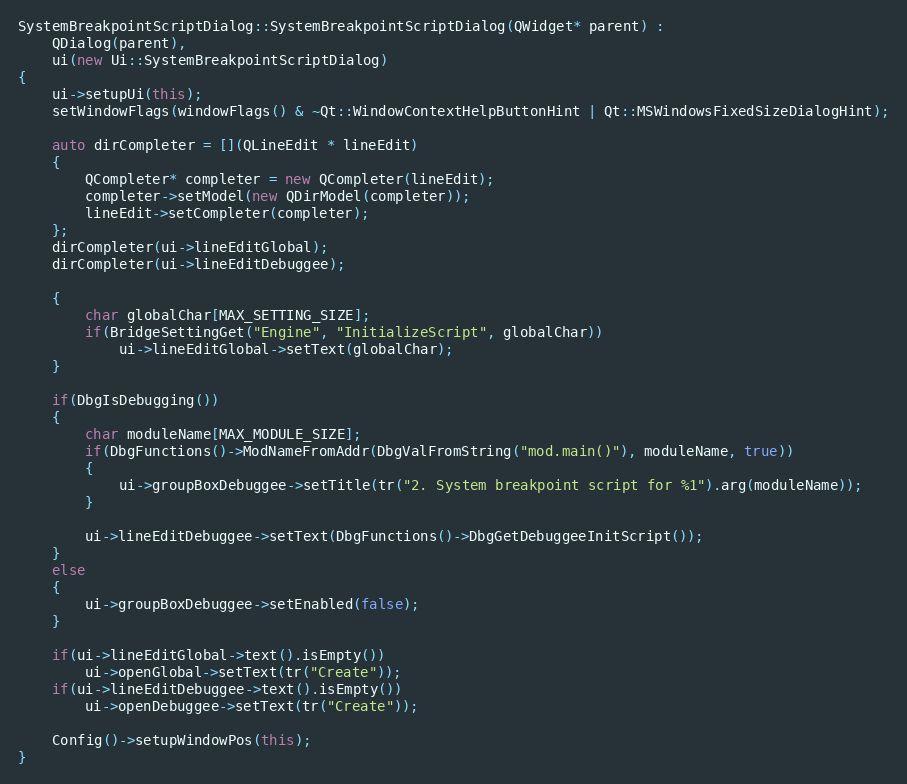
Language: C++
SystemBreakpointScriptDialog::SystemBreakpointScriptDialog(QWidget* parent) :
    QDialog(parent),
    ui(new Ui::SystemBreakpointScriptDialog)
{
    ui->setupUi(this);
    setWindowFlags(windowFlags() & ~Qt::WindowContextHelpButtonHint | Qt::MSWindowsFixedSizeDialogHint);

    auto dirCompleter = [](QLineEdit * lineEdit)
    {
        QCompleter* completer = new QCompleter(lineEdit);
        completer->setModel(new QDirModel(completer));
        lineEdit->setCompleter(completer);
    };
    dirCompleter(ui->lineEditGlobal);
    dirCompleter(ui->lineEditDebuggee);

    {
        char globalChar[MAX_SETTING_SIZE];
        if(BridgeSettingGet("Engine", "InitializeScript", globalChar))
            ui->lineEditGlobal->setText(globalChar);
    }

    if(DbgIsDebugging())
    {
        char moduleName[MAX_MODULE_SIZE];
        if(DbgFunctions()->ModNameFromAddr(DbgValFromString("mod.main()"), moduleName, true))
        {
            ui->groupBoxDebuggee->setTitle(tr("2. System breakpoint script for %1").arg(moduleName));
        }

        ui->lineEditDebuggee->setText(DbgFunctions()->DbgGetDebuggeeInitScript());
    }
    else
    {
        ui->groupBoxDebuggee->setEnabled(false);
    }

    if(ui->lineEditGlobal->text().isEmpty())
        ui->openGlobal->setText(tr("Create"));
    if(ui->lineEditDebuggee->text().isEmpty())
        ui->openDebuggee->setText(tr("Create"));

    Config()->setupWindowPos(this);
}